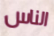
الناس